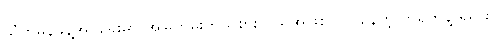
သံတမန်ခန့်အပ်ရေးမှာ အမြဲတမ်းကိုယ်စားလှယ်အဖြစ်ပါဝင်နေတဲ့ တရုတ်နဲ့ ရုရှား